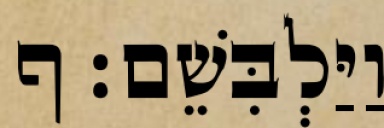
וַיַּלְבִּשֵׁם׃ ף